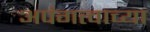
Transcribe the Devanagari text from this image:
अपंगत्वाच्या